Leaving Certificate Examination, 1922
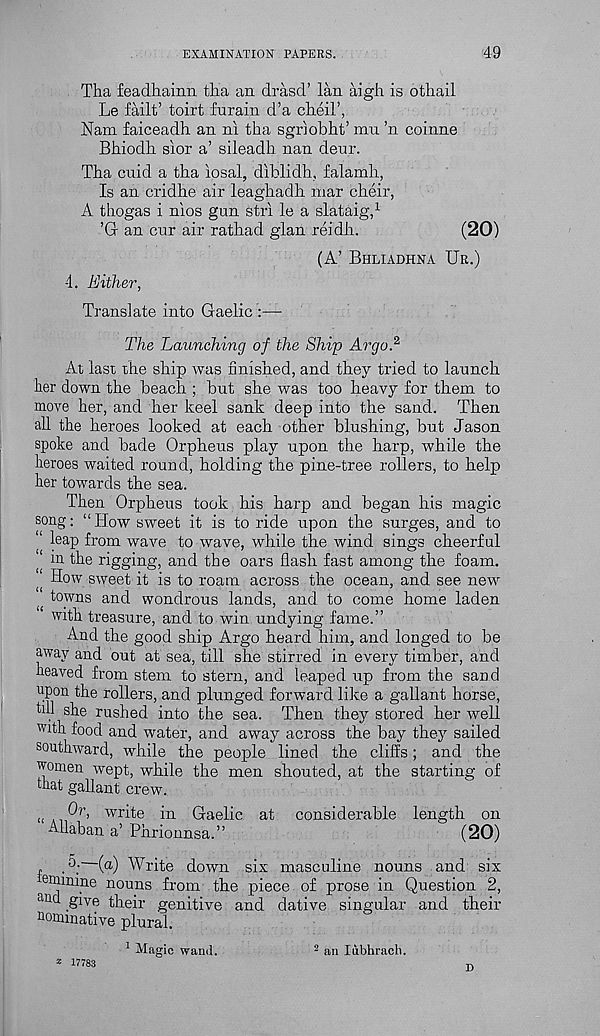
EXAMINATION PAPERS.
49
Tha feadhainn tlia an drasd’ lan aigh is othail
Le failt’ toirt furain d’a cheil’,
Nam faiceadh an ni tha sgriobht’ mu ’n coinne
Bhiodh sior a’ sileadh nan deur.
Tha cuid a tha iosal, diblidh, falamh,
Is an cridhe air leaghadh. mar cheir,
A thogas i nios gun stri le a slataig, 1
’Gr an cur air rathad glan reidh.
(20)
4. Either,
(A’ Bhliadhna Ur.)
Translate into Gaelic :—
The Launching of the Ship Argo. 2
At, last the ship was finished, and they tried to launch
her down the beach ; but she was too heavy for them to
move her, and her keel sank deep into the sand. Then
all the heroes looked at each other blushing, but Jason
spoke and bade Orpheus play upon the harp, while the
heroes waited round, holding the pine-tree rollers, to help
her towards the sea.
Then Orpheus took his harp and began his magic
song: “How sweet it is to ride upon the surges, and to
“ leap from wave to wave, while the wind sings cheerful
m the rigging, and the oars flash fast among the foam.
“ How sweet it is to roam across the ocean, and see new
towns and wondrous lands, and to come home laden
with treasure, and to win undying fame.”
And the good ship Argo heard him, and longed to be
away and out at sea, till she stirred in every timber, and
heaved from stem to stern, and leaped up from the sand
upon the rollers, and plunged forward like a gallant horse,
ml she rushed into the sea. Then they stored her well
with food and water, and away across the bay they sailed
southward, while the people lined the cliffs; and the
women wept, while the men shouted, at the starting of
that gallant crew.
«
wr^e l 11 Gaelic at considerable length on
Allaban a’ Phrionnsa.”
(20)
.5; (a) Write down six masculine nouns and six
eminine nouns from the piece of prose in Question 2,
and give their genitive and dative singular and their
nominative plural.
* 17783
1 Magic wand.
2 an Inbhrach.